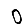
Digit: 0